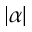
\vert \alpha \vert